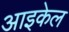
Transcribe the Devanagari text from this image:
आइकेल